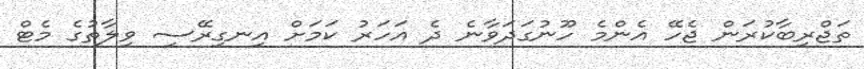
ތަޖްރިބާކުރަން ޖެހޭ އެންމެ ހޫނުގަދަވާނެ ދެ އަހަރު ކަމަށް އިނގިރޭސި ވިލާތުގެ މެޓް